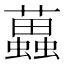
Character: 𧓵